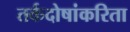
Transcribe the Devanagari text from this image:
तर्कदोषांकरिता